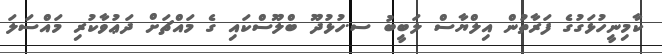
ކާމިނީހުޅަގުގެ ފަރާތުން އިލްޔާސް ލަބީބު ސ.ހުޅުދޫ ބްލޫސްކައި ގެ މައްޗަށް ދަޢުވާކުރި މައްސަލަ